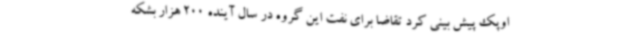
اوپک پیش بینی کرد تقاضا برای نفت این گروه در سال آینده 200 هزار بشکه